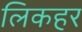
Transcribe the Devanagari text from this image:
लिकहर